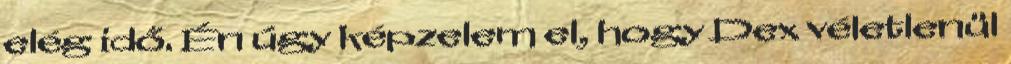
elég idő. Én úgy képzelem el, hogy Dex véletlenül